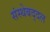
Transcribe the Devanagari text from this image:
संस्थेबद्दल